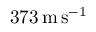
3 7 3 \, \mathrm { m \, s } ^ { - 1 }